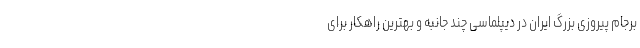
برجام پیروزی بزرگ ایران در دیپلماسی چند جانبه و بهترین راهکار برای